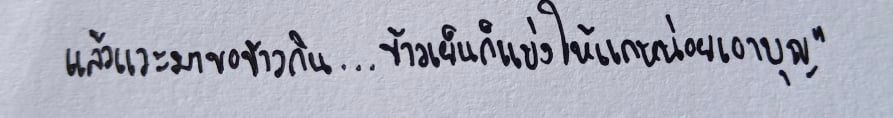
แล้วแวะมาขอข้าวกิน...ข้าวเย็นก็แบ่งให้แกหน่อยเอาบุญ"